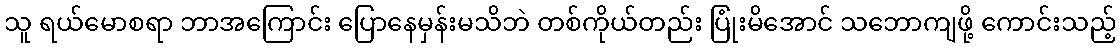
သူ ရယ်မောစရာ ဘာအကြောင်း ပြောနေမှန်းမသိဘဲ တစ်ကိုယ်တည်း ပြုံးမိအောင် သဘောကျဖို့ ကောင်းသည့်